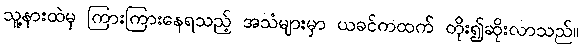
သူ့နားထဲမှ ကြားကြားနေရသည့် အသံများမှာ ယခင်ကထက် တိုး၍ဆိုးလာသည်။